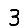
Digit: 3